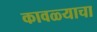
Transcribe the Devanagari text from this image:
कावळ्याचा